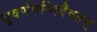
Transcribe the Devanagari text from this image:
सुवर्णमग्निदैवतम्